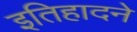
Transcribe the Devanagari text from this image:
इतिहादने